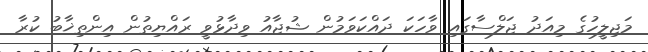
މަޖިލީހުގެ މިއަދު ޖަލްސާގައި ވާހަކަ ދައްކަވަމުން ޝުޖާއު ވިދާޅުވީ ރައްޔިތުން އިންތިޚާބު ކުރާ